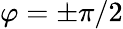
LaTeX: \varphi=\pm{\pi}/{2}